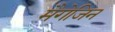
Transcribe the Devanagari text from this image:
मैगेजिन